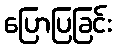
ပြောပြခြင်း